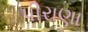
પીરાણા